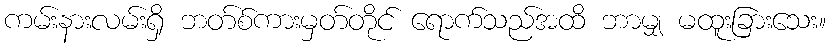
ကမ်းနားလမ်းရှိ ဘတ်စ်ကားမှတ်တိုင် ရောက်သည်အထိ ဘာမျှ မထူးခြားသေး။